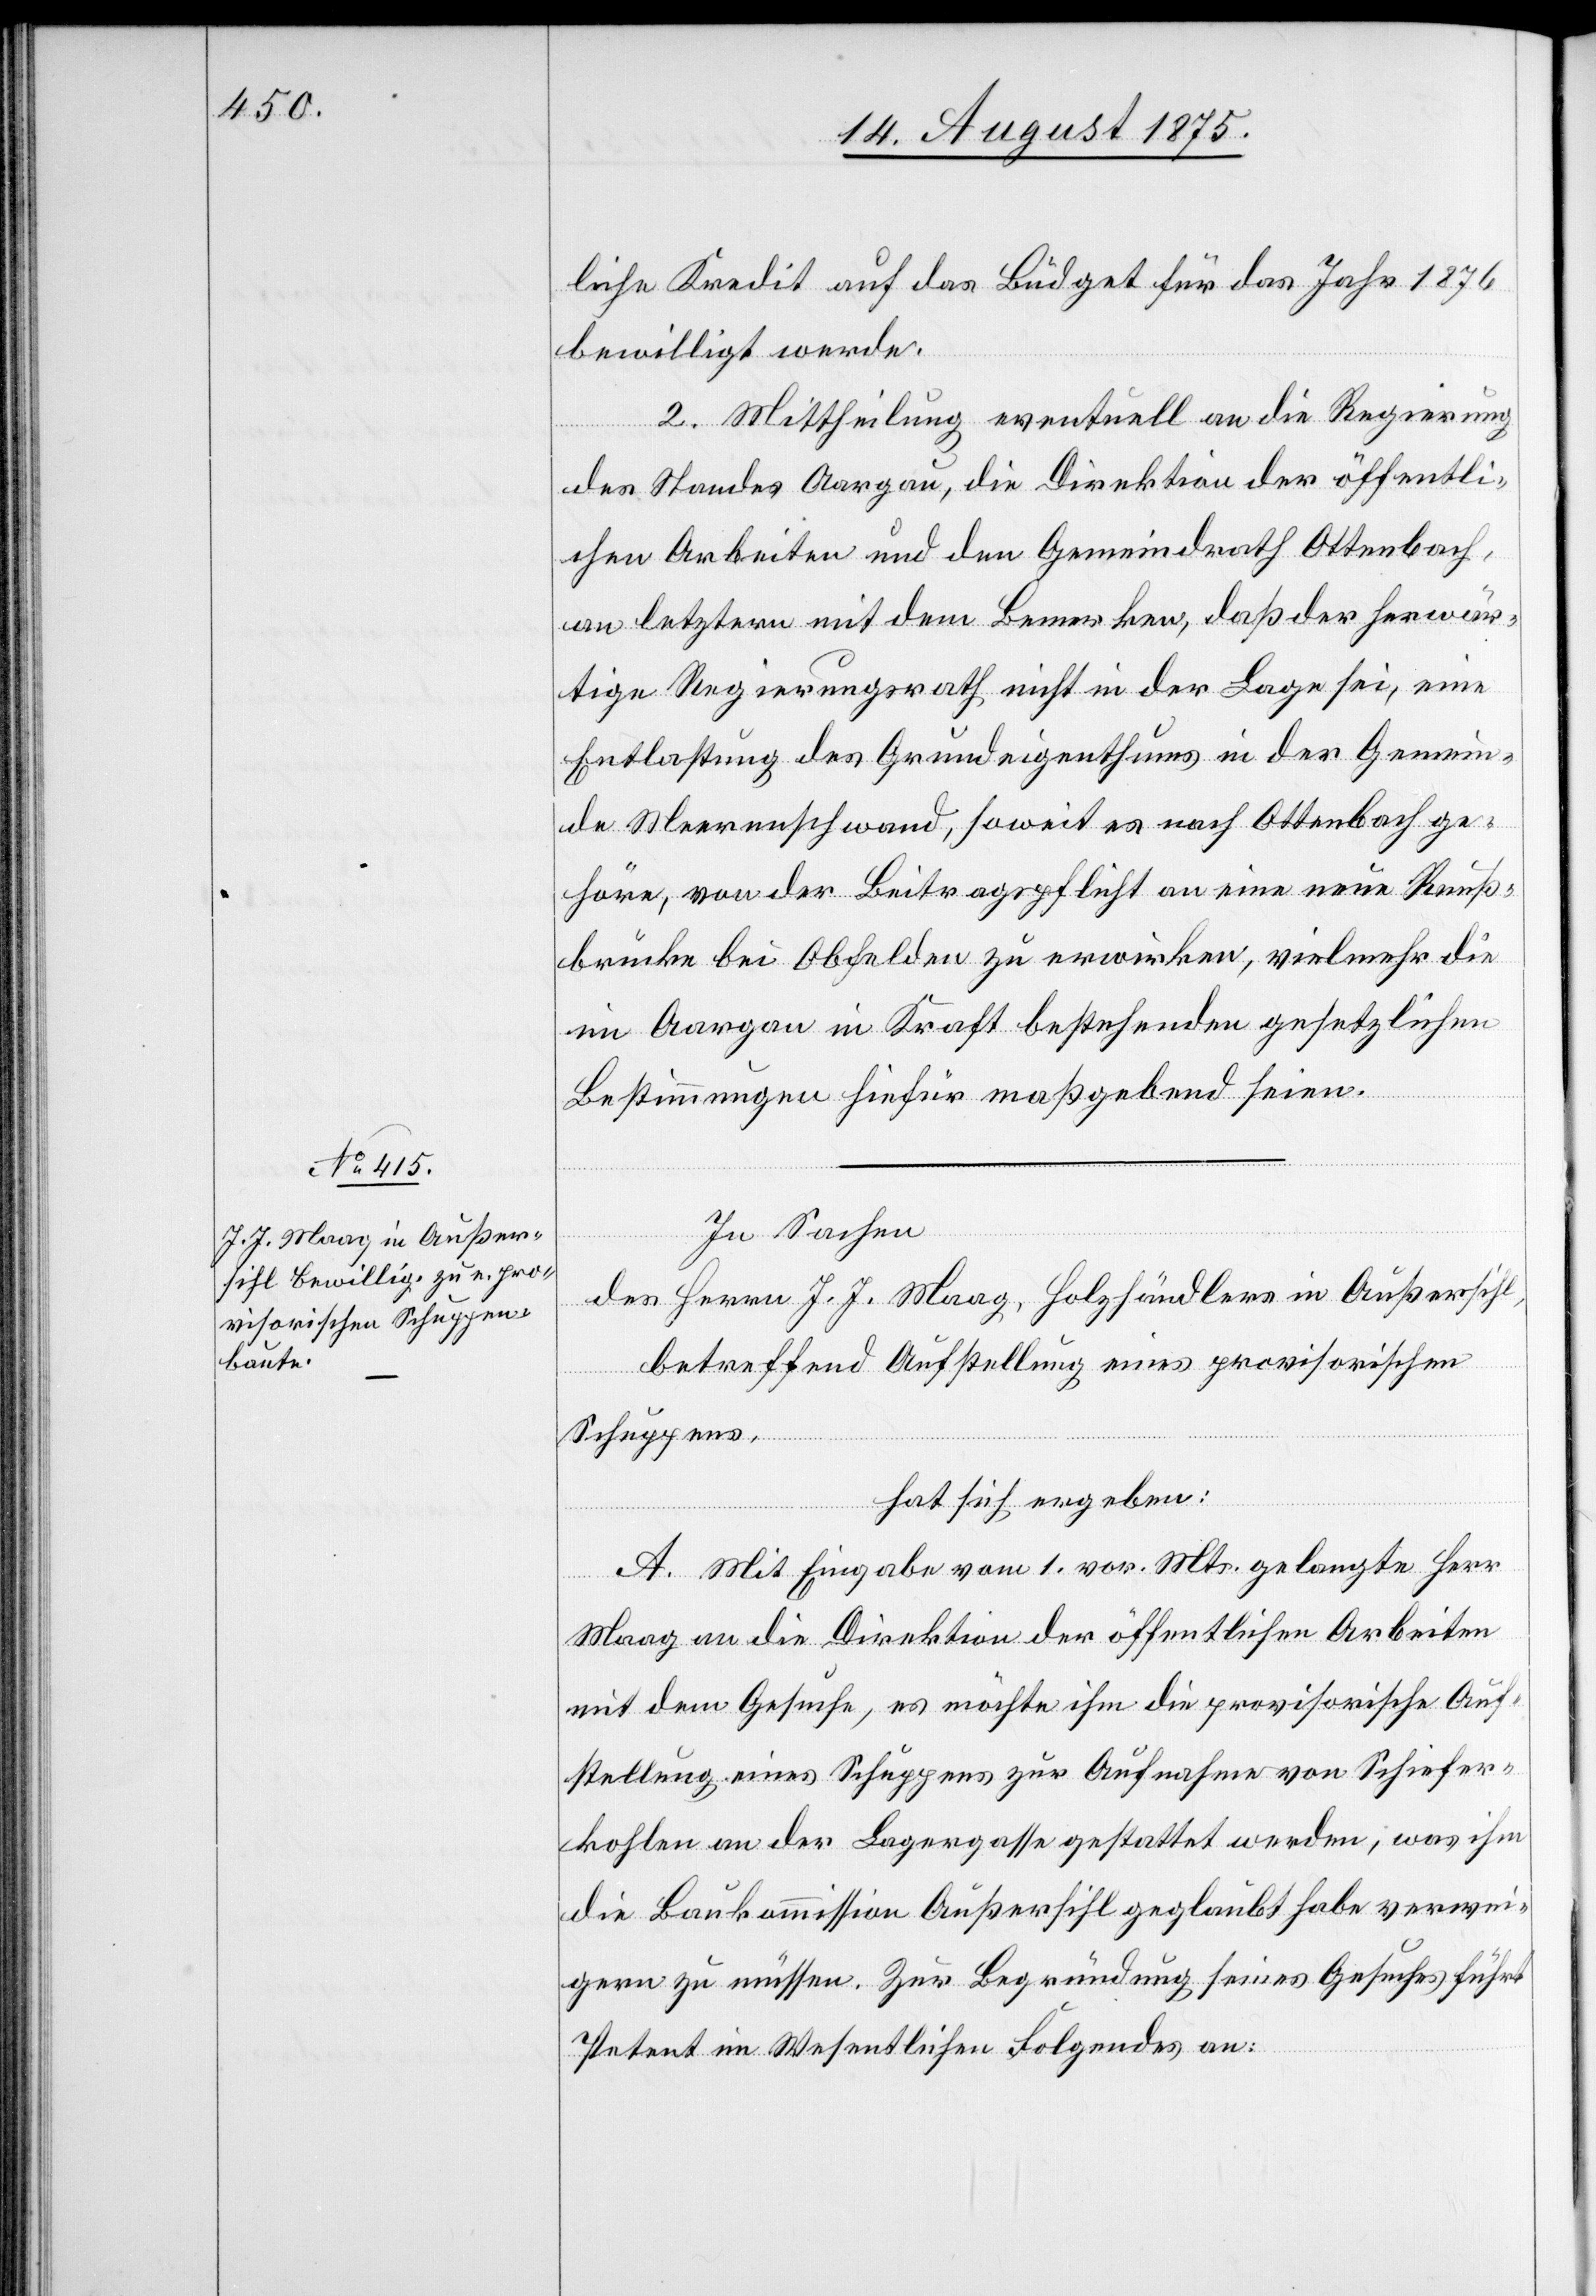
liche Kredit auf das Büdget für das Jahr 1876
bewilligt werde.
2. Mittheilung eventuell an die Regierung
des Standes Aargau, die Direktion der öffentli¬
chen Arbeiten und den Gemeindrath Ottenbach,
an letztern mit dem Bemerken, daß der herwär¬
tige Regierungsrath nicht in der Lage sei, eine
Entlastung des Grundeigenthums in der Gemein¬
de Merenschwand, soweit es nach Ottenbach ge¬
höre, von der Beitragspflicht an eine neue Reuß¬
brücke bei Obfelden zu erwirken, vielmehr die
im Aargau in Kraft bestehenden gesetzlichen
Bestimmungen hiefür maßgebend seien.